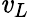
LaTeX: \mathit{v}_{L}